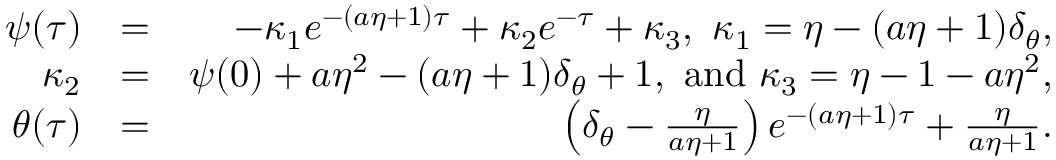
\begin{array} { r l r } { \psi ( \tau ) } & { = } & { - \kappa _ { 1 } e ^ { - ( a \eta + 1 ) \tau } + \kappa _ { 2 } e ^ { - \tau } + \kappa _ { 3 } , \ \kappa _ { 1 } = \eta - ( a \eta + 1 ) \delta _ { \theta } , } \\ { \kappa _ { 2 } } & { = } & { \psi ( { 0 } ) + a \eta ^ { 2 } - ( a \eta + 1 ) \delta _ { \theta } + 1 , \mathrm { ~ a n d ~ } \kappa _ { 3 } = \eta - 1 - a \eta ^ { 2 } , } \\ { \theta ( \tau ) } & { = } & { \left( \delta _ { \theta } - \frac { \eta } { a \eta + 1 } \right) e ^ { - ( a \eta + 1 ) \tau } + \frac { \eta } { a \eta + 1 } . } \end{array}